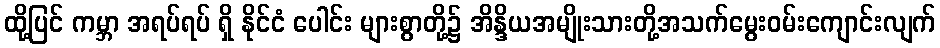
ထို့ပြင် ကမ္ဘာ အရပ်ရပ် ရှိ နိုင်ငံ ပေါင်း များစွာတို့၌ အိန္ဒိယအမျိုးသားတို့အသက်မွေးဝမ်းကျောင်းလျက်